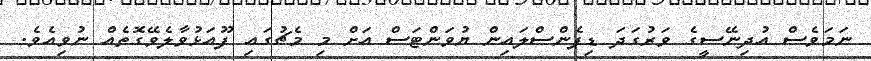
ނަމަވެސް އުދިނޭސީގެ ވަރުގަދަ ޑިފެންސްލައިން ޔުވަންޓަސް އަށް މި މެޗުގައި ފޫއަޅުވާލެވޭގޮތެއް ނުވިއެވެެ.